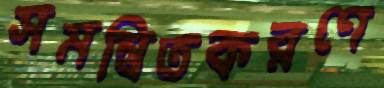
সমন্বিতকরণে